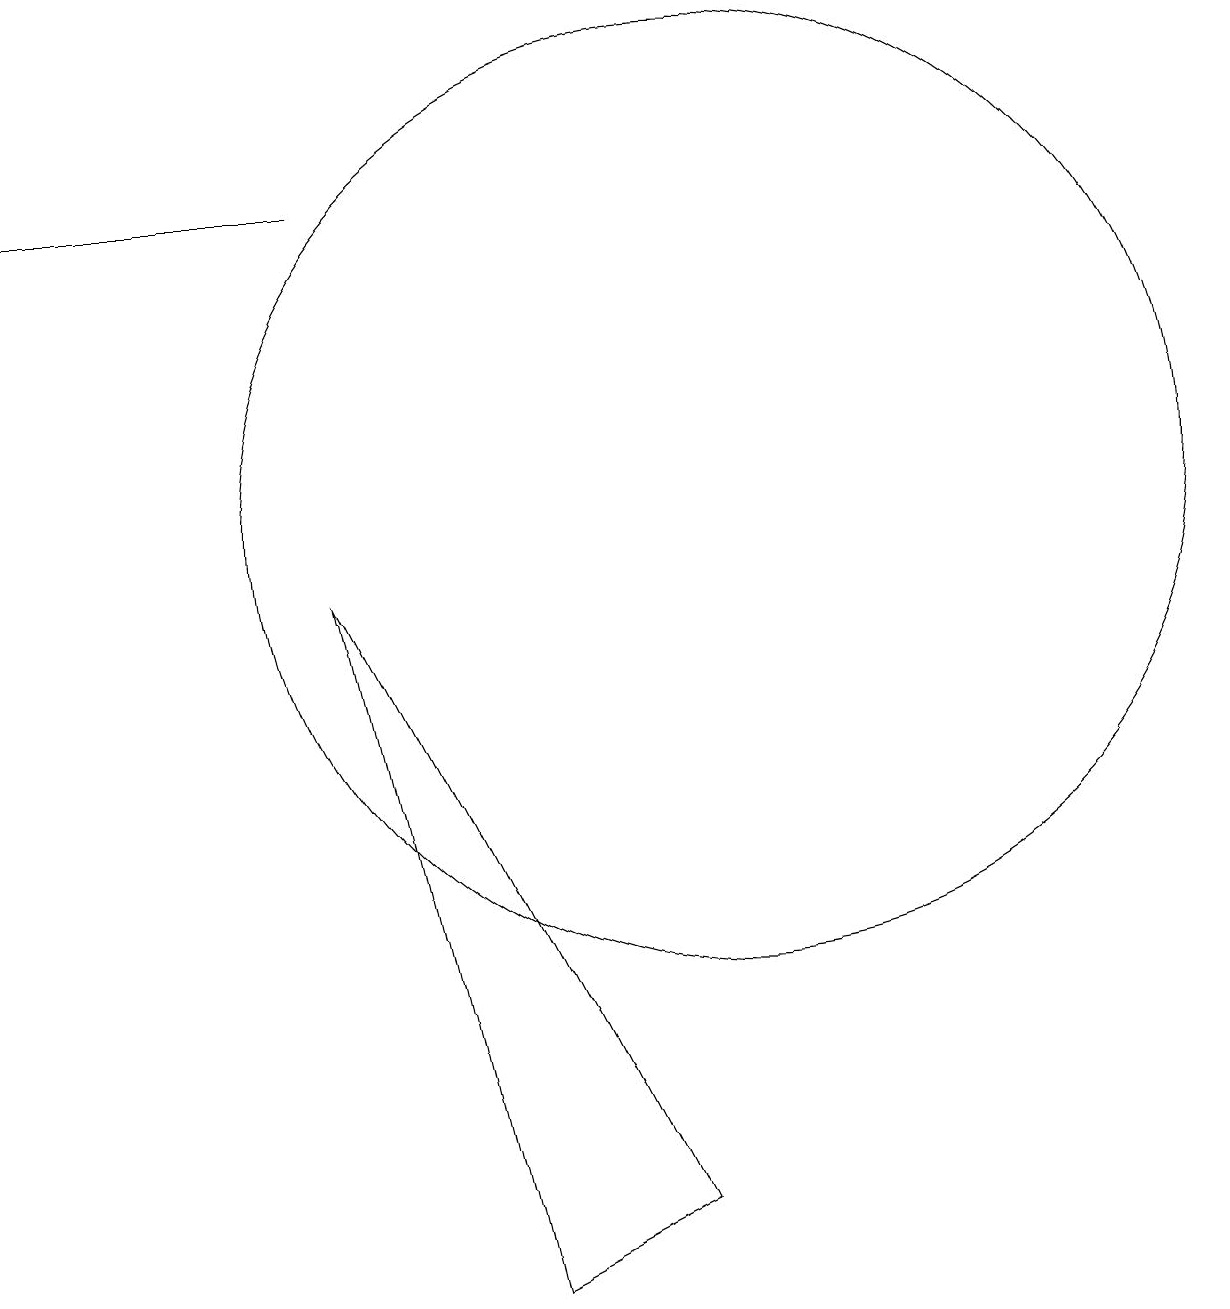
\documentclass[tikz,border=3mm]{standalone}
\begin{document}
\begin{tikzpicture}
\draw (10,10) circle (6);
\draw (9,1) -- (5,9) -- (7,0) -- cycle;
\draw (1,14) rectangle (5,14);
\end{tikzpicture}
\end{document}